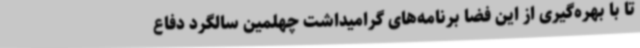
تا با بهره‌گیری از این فضا برنامه‌های گرامیداشت چهلمین سالگرد دفاع